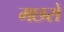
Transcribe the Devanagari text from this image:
मछरों